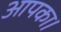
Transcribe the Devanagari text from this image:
आपका।